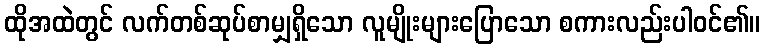
ထိုအထဲတွင် လက်တစ်ဆုပ်စာမျှရှိသော လူမျိုးများပြောသော စကားလည်းပါဝင်၏။